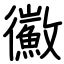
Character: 鰴